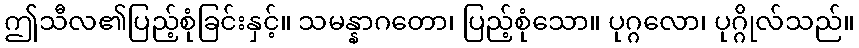
ဤသီလ၏ပြည့်စုံခြင်းနှင့်။ သမန္နာဂတော၊ ပြည့်စုံသော။ ပုဂ္ဂလော၊ ပုဂ္ဂိုလ်သည်။